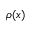
\rho ( x )